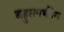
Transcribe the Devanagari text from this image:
बहुसगर्भतेस